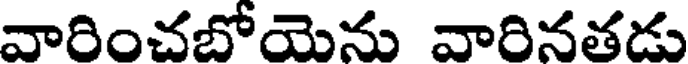
వారించబోయెను వారినతడు